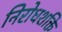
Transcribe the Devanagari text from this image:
निरोधशक्ति